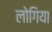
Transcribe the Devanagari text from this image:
लोगिया